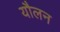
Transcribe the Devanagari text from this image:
यौलन